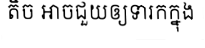
តិច អាចជួយឲ្យទារកក្នុង